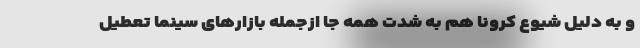
و به دلیل شیوع کرونا هم به شدت همه جا ازجمله بازارهای سینما تعطیل